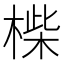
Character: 𣖧